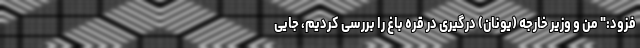
فزود:" من و وزیر خارجه (یونان) درگیری در قره باغ را بررسی کردیم، جایی